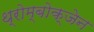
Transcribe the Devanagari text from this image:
थ्रोम्बोक्जेन